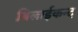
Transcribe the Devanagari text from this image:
बिलाईकन्द